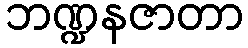
ဘဏ္ဍနဇာတာ